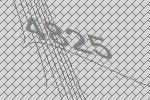
4825